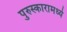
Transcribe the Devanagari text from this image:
पुरुस्कारामध्ये